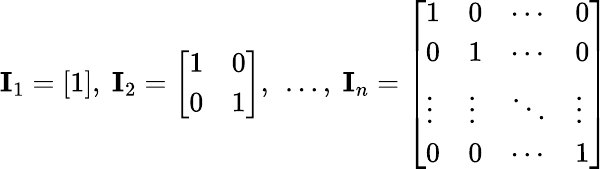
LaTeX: \mathbf{I}_{1}={\left[\begin{array}{l}{1}\end{array}\right]},\ \mathbf{I}_{2}={\left[\begin{array}{ll}{1}&{0}\\ {0}&{1}\end{array}\right]},\ \ldots,\ \mathbf{I}_{n}={\left[\begin{array}{llll}{1}&{0}&{\cdots}&{0}\\ {0}&{1}&{\cdots}&{0}\\ {\vdots}&{\vdots}&{\ddots}&{\vdots}\\ {0}&{0}&{\cdots}&{1}\end{array}\right]}